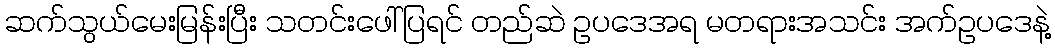
ဆက်သွယ်မေးမြန်းပြီး သတင်းဖေါ်ပြရင် တည်ဆဲ ဥပဒေအရ မတရားအသင်း အက်ဥပဒေနဲ့